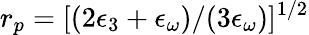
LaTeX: r_{p}=[(2\epsilon_{3}+\epsilon_{\omega})/(3\epsilon_{\omega})]^{1/2}